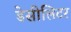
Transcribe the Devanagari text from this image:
डेसीलिटर